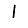
Digit: 1